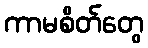
ကာမစိတ်တွေ